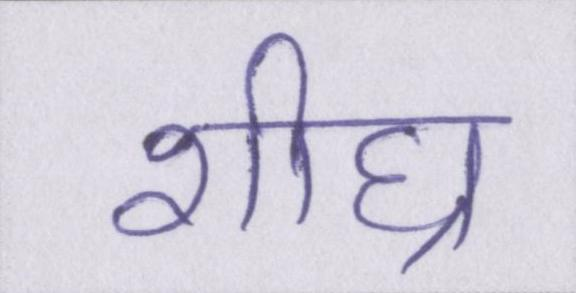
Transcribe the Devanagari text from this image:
शीघ्र